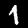
Digit: 1